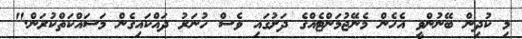
މި ކުދިން ބޭނުންވީ އެހެން މެނޭޖުމަންޓެއްގެ ދަށުގައި ވެސް ހުނަރު ދައްކައިގެން މަސައްކަތްކުރަން."